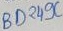
Text: BD249C